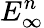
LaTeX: E_{\infty}^{n}